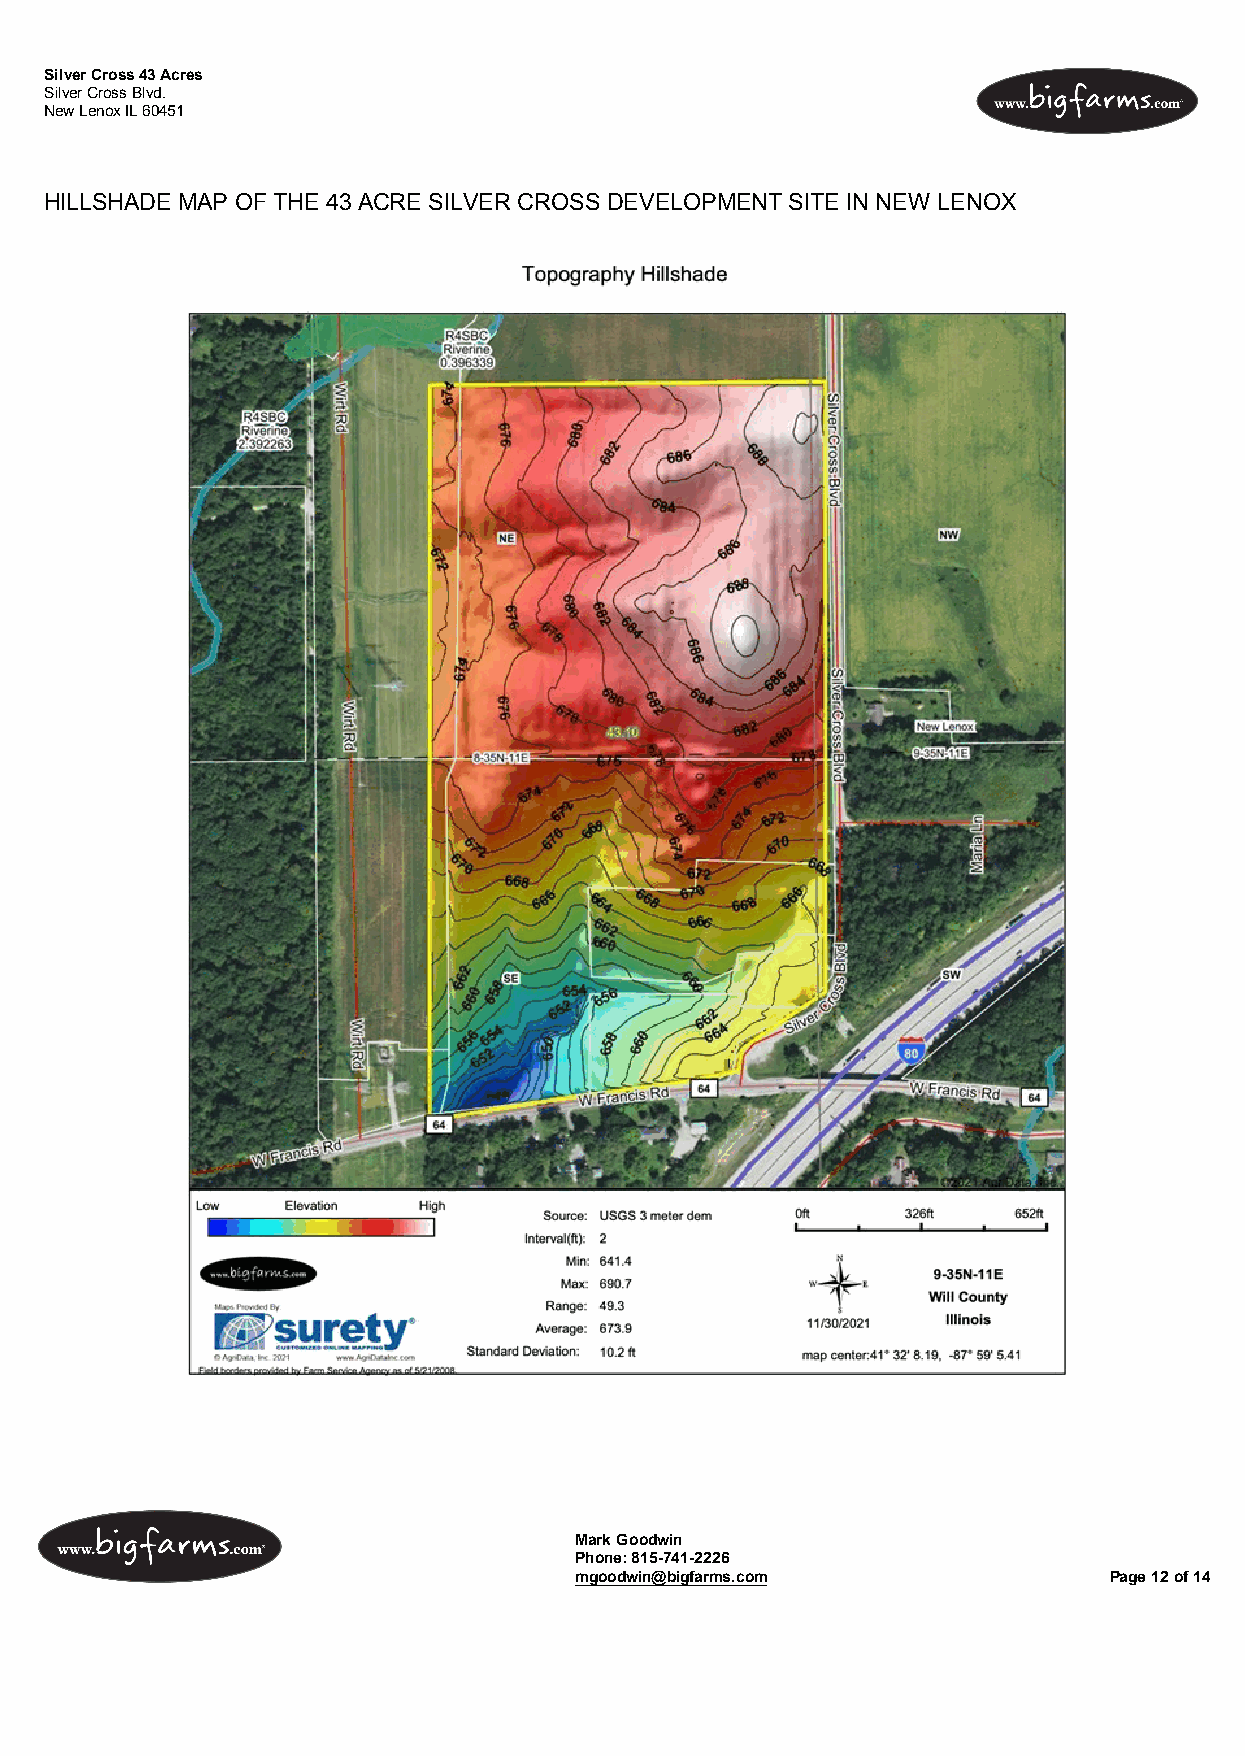
Silver Cross 43 Acres
 Silver Cross Blvd.
 New Lenox IL 60451
 HILLSHADE MAP OF THE 43 ACRE SILVER CROSS DEVELOPMENT SITE IN NEW LENOX
 Mark Goodwin
 Phone: 815-741-2226
 mgoodwin@bigfarms.com               Page 12 of 14